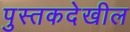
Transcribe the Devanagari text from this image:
पुस्तकदेखील